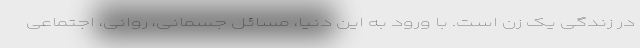
در زندگی یک زن است. با ورود به این دنیا، مسائل جسمانی، روانی، اجتماعی